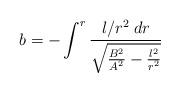
LaTeX: \begin{align*}b = - \int^r \frac{l/r^2\; dr}{\sqrt{\frac{B^2}{A^2} - \frac{l^2}{r^2}}}\end{align*}